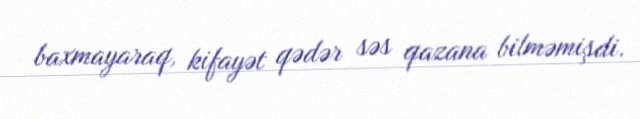
baxmayaraq, kifayət qədər səs qazana bilməmişdi.